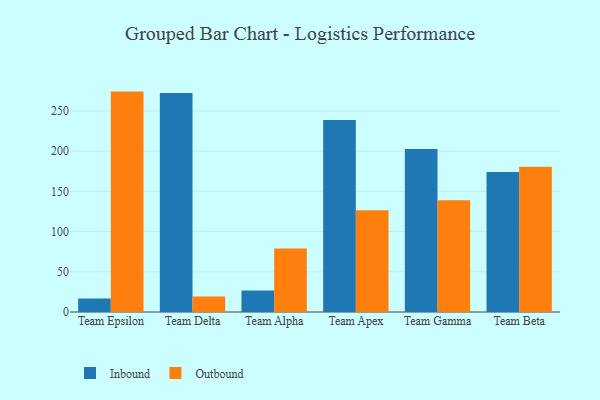
{"axis": {"x": "Team", "y": "Customer Acquisition Cost (USD)"}, "legend": ["Inbound", "Outbound"], "data": [{"x": "Team Epsilon", "y": 16.8, "type": "Inbound"}, {"x": "Team Epsilon", "y": 274.0, "type": "Outbound"}, {"x": "Team Delta", "y": 272.2, "type": "Inbound"}, {"x": "Team Delta", "y": 19.3, "type": "Outbound"}, {"x": "Team Alpha", "y": 26.6, "type": "Inbound"}, {"x": "Team Alpha", "y": 78.8, "type": "Outbound"}, {"x": "Team Apex", "y": 238.7, "type": "Inbound"}, {"x": "Team Apex", "y": 126.5, "type": "Outbound"}, {"x": "Team Gamma", "y": 202.6, "type": "Inbound"}, {"x": "Team Gamma", "y": 138.8, "type": "Outbound"}, {"x": "Team Beta", "y": 173.9, "type": "Inbound"}, {"x": "Team Beta", "y": 180.7, "type": "Outbound"}]}